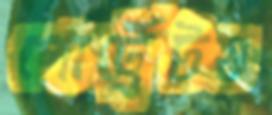
পোর্ট্রেটও